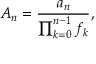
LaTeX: A _ { n } = { \frac { a _ { n } } { \prod _ { k = 0 } ^ { n - 1 } f _ { k } } } ,